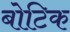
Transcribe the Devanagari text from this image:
बोटिक